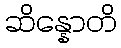
ဆိန္နောတိ